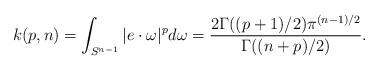
LaTeX: \begin{align*}k(p,n)=\int_{S^{n-1}}|e\cdot\omega|^pd\omega=\frac{2\Gamma((p+1)/2)\pi^{(n-1)/2}}{\Gamma((n+p)/2)}.\end{align*}